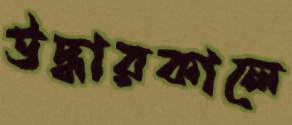
উদ্ধারকালে